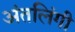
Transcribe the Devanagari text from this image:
अंतलिंगी